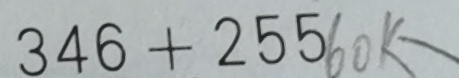
3 4 6 + 2 5 5 6 0 k